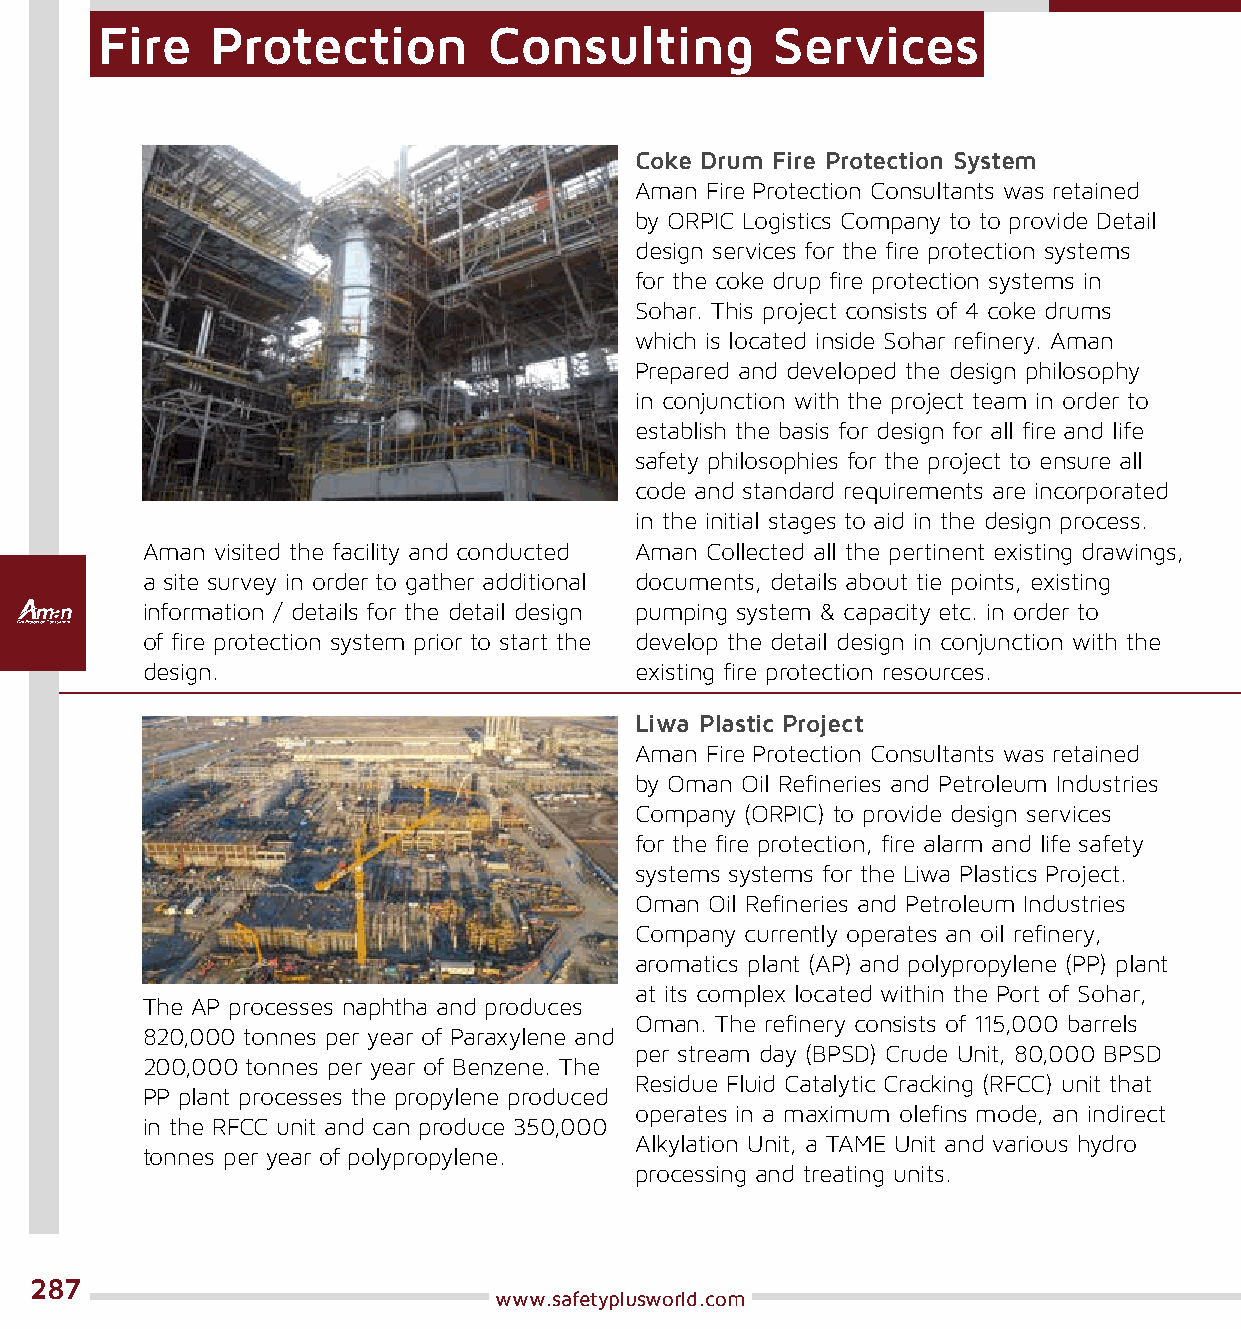
Fire    Protection        Consulting         Services
 Coke Drum Fire Protection System
 Aman Fire Protection Consultants was retained
 by ORPIC Logistics Company to to provide Detail
 design services for the fire protection systems
 for the coke drup fire protection systems in
 Sohar. This project consists of 4 coke drums
 which is located inside Sohar refinery. Aman
 Prepared and developed the design philosophy
 in conjunction with the project team in order to
 establish the basis for design for all fire and life
 safety philosophies for the project to ensure all
 code and standard requirements are incorporated
 in the initial stages to aid in the design process.
 Aman visited the facility and conducted Aman Collected all the pertinent existing drawings,
 a site survey in order to gather additional documents, details about tie points, existing
 information / details for the detail design pumping system & capacity etc. in order to
 of fire protection system prior to start the develop the detail design in conjunction with the
 design.                          existing fire protection resources.
 Liwa Plastic Project
 Aman Fire Protection Consultants was retained
 by Oman Oil Refineries and Petroleum Industries
 Company (ORPIC) to provide design services
 for the fire protection, fire alarm and life safety
 systems systems for the Liwa Plastics Project.
 Oman Oil Refineries and Petroleum Industries
 Company currently operates an oil refinery,
 aromatics plant (AP) and polypropylene (PP) plant
 at its complex located within the Port of Sohar,
 The AP processes naphtha and produces
 Oman. The refinery consists of 115,000 barrels
 820,000 tonnes per year of Paraxylene and
 per stream day (BPSD) Crude Unit, 80,000 BPSD
 200,000 tonnes per year of Benzene. The
 Residue Fluid Catalytic Cracking (RFCC) unit that
 PP plant processes the propylene produced
 operates in a maximum olefins mode, an indirect
 in the RFCC unit and can produce 350,000
 Alkylation Unit, a TAME Unit and various hydro
 tonnes per year of polypropylene.
 processing and treating units.
 287
 www.safetyplusworld.com